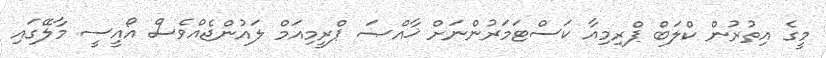
މީގެ އިތުރުން ކްލަބް ޕްރިމިއާ ކަސްޓަމަރުންނަށް ޚާއްޞަ ޕްރީމިއަމް ލައުންޖެއްވެސް އޯއީސީ މާލޭގައި